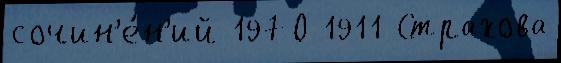
сочин'е́н'ий 1970 1911 Страхова